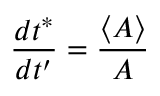
\frac { d t ^ { * } } { d t ^ { \prime } } = \frac { \langle A \rangle } { A }